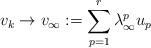
LaTeX: \begin{align*}v_k\to v_\infty: = \sum_{p=1}^r \lambda^p_\infty u_p\end{align*}